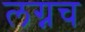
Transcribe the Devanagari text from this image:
लग्नच